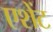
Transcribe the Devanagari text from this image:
एशेंट